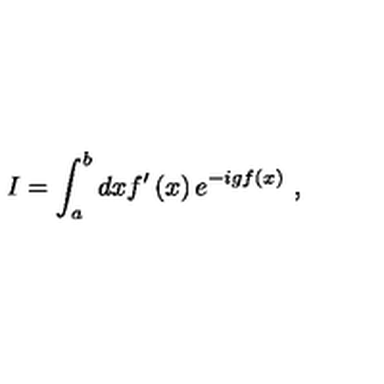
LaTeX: I = \int _ { a } ^ { b } d x f ^ { \prime } \left( x \right) e ^ { - i g f \left( x \right) } \ ,